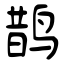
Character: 鹊